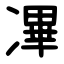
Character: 㓖